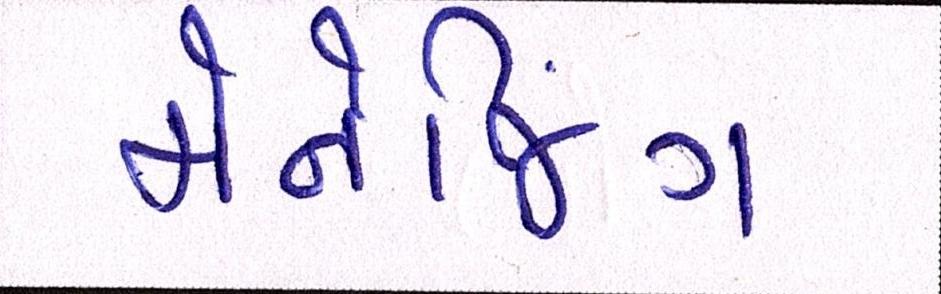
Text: મેનેજિંગ